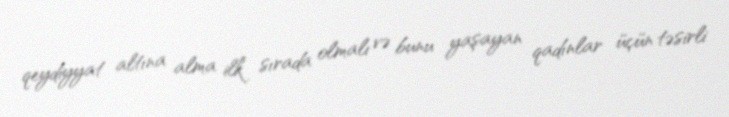
qeydiyyat altına alma ilk sırada olmalı və bunu yaşayan qadınlar üçün təsirli